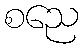
စညေ